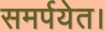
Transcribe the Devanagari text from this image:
समर्पयेत।